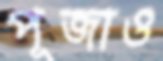
পূজাও